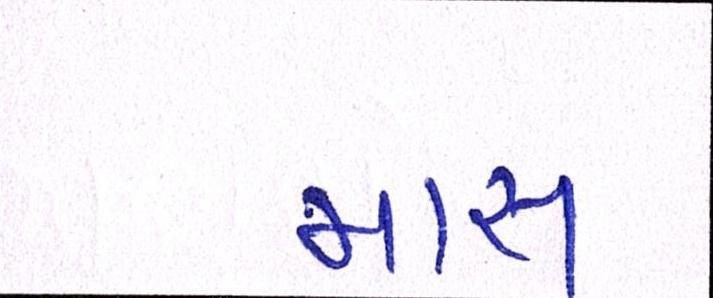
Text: માસ